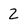
Character: 2